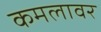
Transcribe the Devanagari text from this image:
कमलावर